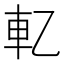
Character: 𰹈